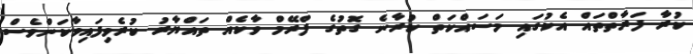
ކުރާ ފަރާތްތައް އެކުގައި މަސައްކަތް ކުރާނެ ގޮތުގެ ފްރޭމް ވާކެއް ތައްޔާރު ކުރެވިފައިވާކަންވެސް